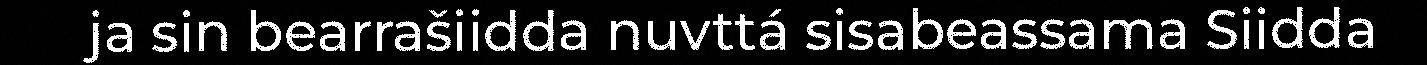
ja sin bearrašiidda nuvttá sisabeassama Siidda